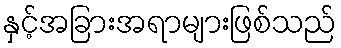
နှင့်အခြားအရာများဖြစ်သည်